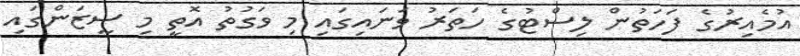
އުމެއިރުގެ ފަހަތުން ލިސްޓުގެ ހަތަރު ވަނައިގައި މި ވަގުތު އޮތީ މި ސީޒަންގައި